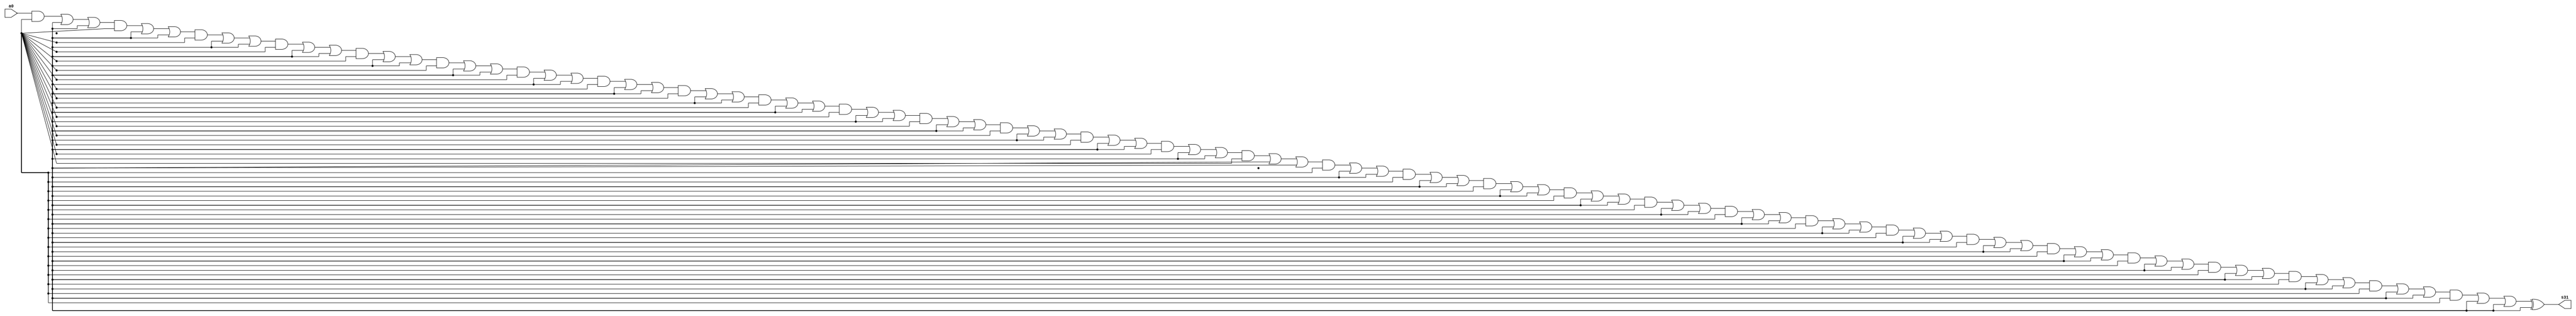
module singlepath (a0, s31);
input a0;
output s31;
wire w312, w311, w302, w301, c30, w291, s27, c28, c27, s26, w262, s25, c26, w261, w252, w242, w241, s23, c24, w232, w231, w251, c23, c25, w221, c22, w212, w192, s19, w191, s18, w182, c18, w172, w292, w171, w162, w161, w152, w151, w51, s6, s21, s10, w22, w282, w62, c29, s3, c31, c16, c4, w61, c5, s24, w32, w00, s29, w21, s5, w222, w41, s11, w272, w201, c6, c1, w03, s2, w141, w52, w42, w11, w111, s28, w181, w71, s12, s1, s15, w12, w211, c20, c3, s17, c17, w72, c8, s20, s7, w122, c21, w81, s16, w31, w82, w202, c2, c9, s8, w91, s30, w92, c10, c14, s9, c19, s4, w102, w121, c11, w112, w281, w02, c12, w271, w132, c7, c13, s14, w131, s13, w142, s22, w101, c15, Vcc, gnd;
and g0(w00, a0, Vcc);
and g2(w02, a0, Vcc);
or g3(c1, w00, gnd, gnd);
xor g4(w03, a0, gnd);
and ag1(w11, c1, Vcc);
and ag2(w12, c1, Vcc);
or ag3(c2, w12, gnd, gnd);
xor ag5(s1, c1, gnd);
and bg1(w21, c2, Vcc);
and bg2(w22, c2, Vcc);
or bg3(c3, w22, gnd, gnd);
xor bg5(s2, c2, gnd);
and cg1(w31, c3, Vcc);
and cg2(w32, c3, Vcc);
or cg3(c4, w32, gnd, gnd);
xor cg5(s3, c3, gnd);
and dg1(w41, c4, Vcc);
and dg2(w42, c4, Vcc);
or dg3(c5, w42, gnd, gnd);
xor dg5(s4, c4, gnd);
and eg1(w51, c5, Vcc);
and eg2(w52, c5, Vcc);
or eg3(c6, w52, gnd, gnd);
xor eg5(s5, c5, gnd);
and fg1(w61, c6, Vcc);
and fg2(w62, c6, Vcc);
or fg3(c7, w62, gnd, gnd);
xor fg5(s6, c6, gnd);
and gg1(w71, c7, Vcc);
and gg2(w72, c7, Vcc);
or gg3(c8, w72, gnd, gnd);
xor gg5(s7, c7, gnd);
and hg1(w81, c8, Vcc);
and hg2(w82, c8, Vcc);
or hg3(c9, w82, gnd, gnd);
xor hg5(s8, c8, gnd);
and ig1(w91, c9, Vcc);
and ig2(w92, c9, Vcc);
or ig3(c10, w92, gnd, gnd);
xor ig5(s9, c9, gnd);
and jg1(w101, c10, Vcc);
and jg2(w102, c10, Vcc);
or jg3(c11, w102, gnd, gnd);
xor jg5(s10, c10, gnd);
and kg1(w111, c11, Vcc);
and kg2(w112, c11, Vcc);
or kg3(c12, w112, gnd, gnd);
xor kg5(s11, c11, gnd);
and lg1(w121, c12, Vcc);
and lg2(w122, c12, Vcc);
or lg3(c13, w122, gnd, gnd);
xor lg5(s12, c12, gnd);
and mg1(w131, c13, Vcc);
and mg2(w132, c13, Vcc);
or mg3(c14, w132, gnd, gnd);
xor mg5(s13, c13, gnd);
and ng1(w141, c14, Vcc);
and ng2(w142, c14, Vcc);
or ng3(c15, w142, gnd, gnd);
xor ng5(s14, c14, gnd);
and og1(w151, c15, Vcc);
and og2(w152, c15, Vcc);
or og3(c16, w152, gnd, gnd);
xor og5(s15, c15, gnd);
and pg1(w161, c16, Vcc);
and pg2(w162, c16, Vcc);
or pg3(c17, w162, gnd, gnd);
xor pg5(s16, c16, gnd);
and qg1(w171, c17, Vcc);
and qg2(w172, c17, Vcc);
or qg3(c18, w172, gnd, gnd);
xor qg5(s17, c17, gnd);
and rg1(w181, c18, Vcc);
and rg2(w182, c18, Vcc);
or rg3(c19, w182, gnd, gnd);
xor rg5(s18, c18, gnd);
and sg1(w191, c19, Vcc);
and sg2(w192, c19, Vcc);
or sg3(c20, w192, gnd, gnd);
xor sg5(s19, c19, gnd);
and tg1(w201, c20, Vcc);
and tg2(w202, c20, Vcc);
or tg3(c21, w202, gnd, gnd);
xor tg5(s20, c20, gnd);
and ug1(w211, c21, Vcc);
and ug2(w212, c21, Vcc);
or ug3(c22, w212, gnd, gnd);
xor ug5(s21, c21, gnd);
and vg1(w221, c22, Vcc);
and vg2(w222, c22, Vcc);
or vg3(c23, w222, gnd, gnd);
xor vg5(s22, c22, gnd);
and wg1(w231, c23, Vcc);
and wg2(w232, c23, Vcc);
or wg3(c24, w232, gnd, gnd);
xor wg5(s23, c23, gnd);
and yg1(w241, c24, Vcc);
and yg2(w242, c24, Vcc);
or yg3(c25, w242, gnd, gnd);
xor yg5(s24, c24, gnd);
and zg1(w251, c25, Vcc);
and zg2(w252, c25, Vcc);
or zg3(c26, w252, gnd, gnd);
xor zg5(s25, c25, gnd);
and g1a(w261, c26, Vcc);
and g2a(w262, c26, Vcc);
or g3a(c27, w262, gnd, gnd);
xor g5a(s26, c26, gnd);
and g1b(w271, c27, Vcc);
and g2b(w272, c27, Vcc);
or g3b(c28, w272, gnd, gnd);
xor g5b(s27, c27, gnd);
and g1c(w281, c28, Vcc);
and g2c(w282, c28, Vcc);
or g3c(c29, w282, gnd, gnd);
xor g5c(s28, c28, gnd);
and g1d(w291, c29, Vcc);
and g2d(w292, c29, Vcc);
or g3d(c30, w292, gnd, gnd);
xor g5d(s29, c29, gnd);
and g1e(w301, c30, Vcc);
and g2e(w302, c30, Vcc);
or g3e(c31, w302, gnd, gnd);
xor g5e(s30, c30, gnd);
and g1f(w311, c31, Vcc);
and g2f(w312, c31, Vcc);
xor g5f(s31, c31, gnd);

endmodule